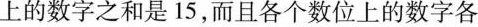
上的数字之和是15，而且各个数位上的数字各